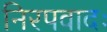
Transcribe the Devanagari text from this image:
निरपवादः